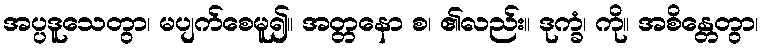
အပ္ပဒူသေတွာ၊ မပျက်စေမူ၍။ အတ္တနော စ၊ ၏လည်း။ ဒုက္ခံ၊ ကို။ အစိန္တေတွာ၊